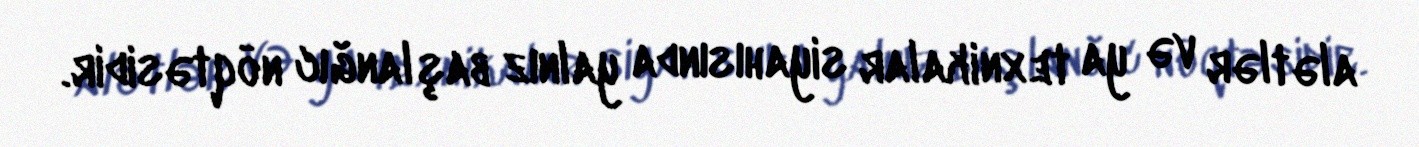
alətlər və ya texnikalar siyahısında yalnız başlanğıc nöqtəsidir.